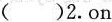
( )2.on